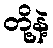
တို့နဲ့